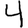
Digit: 4